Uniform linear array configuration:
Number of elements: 16
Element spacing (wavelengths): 0.5
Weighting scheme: exponential
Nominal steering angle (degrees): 30
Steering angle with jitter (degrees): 31.099
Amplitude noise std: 0.05
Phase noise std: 0.05

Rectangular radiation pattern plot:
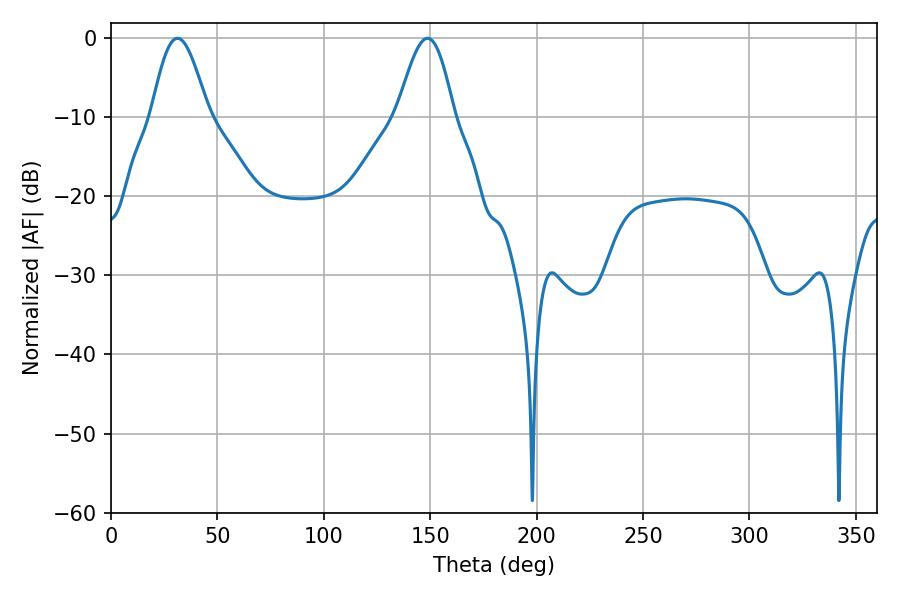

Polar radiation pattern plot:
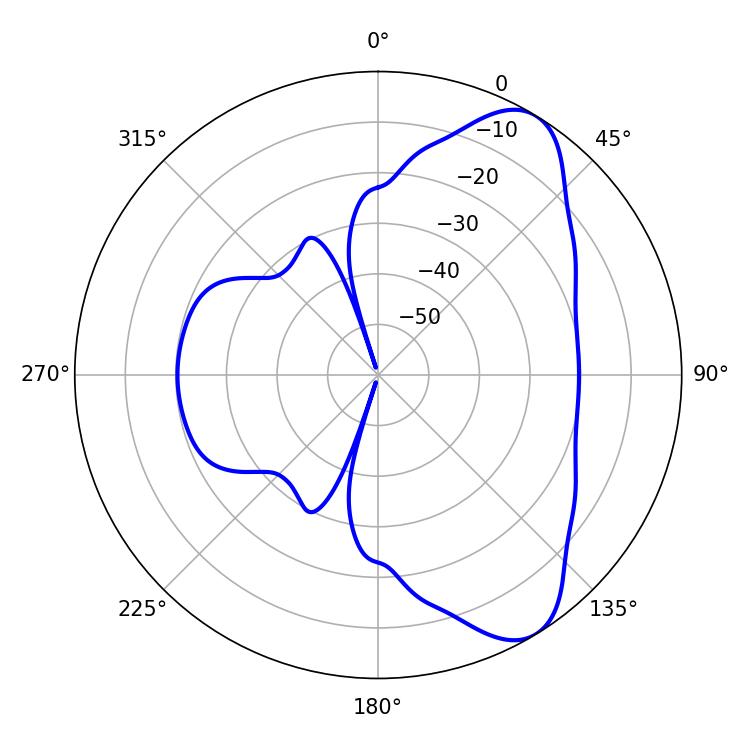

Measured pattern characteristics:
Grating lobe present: FALSE
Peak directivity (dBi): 8.01
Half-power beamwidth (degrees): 14.22
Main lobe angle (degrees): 148.68